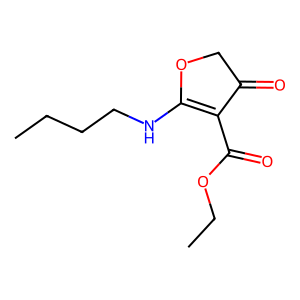
SMILES: CCCCNC1=C(C(=O)OCC)C(=O)CO1
Inhibits HIV replication: No